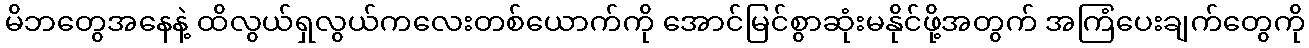
မိဘတွေအနေနဲ့ ထိလွယ်ရှလွယ်ကလေးတစ်ယောက်ကို အောင်မြင်စွာဆုံးမနိုင်ဖို့အတွက် အကြံပေးချက်တွေကို